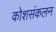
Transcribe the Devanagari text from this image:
कोशसंकलन